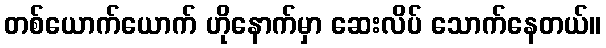
တစ်ယောက်ယောက် ဟိုနောက်မှာ ဆေးလိပ် သောက်နေတယ်။